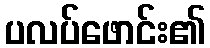
ပလပ်ဖောင်း၏